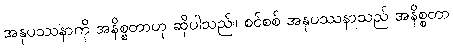
အနုပဿနာကို အနိစ္စတာဟု ဆိုပါသည်။ စင်စစ် အနုပဿနာသည် အနိစ္စတာ